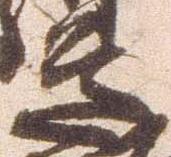
道